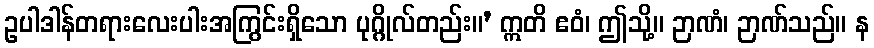
ဥပါဒါန်တရားလေးပါးအကြွင်းရှိသော ပုဂ္ဂိုလ်တည်း။’ ဣတိ ဧဝံ၊ ဤသို့။ ဉာဏံ၊ ဉာဏ်သည်။ န